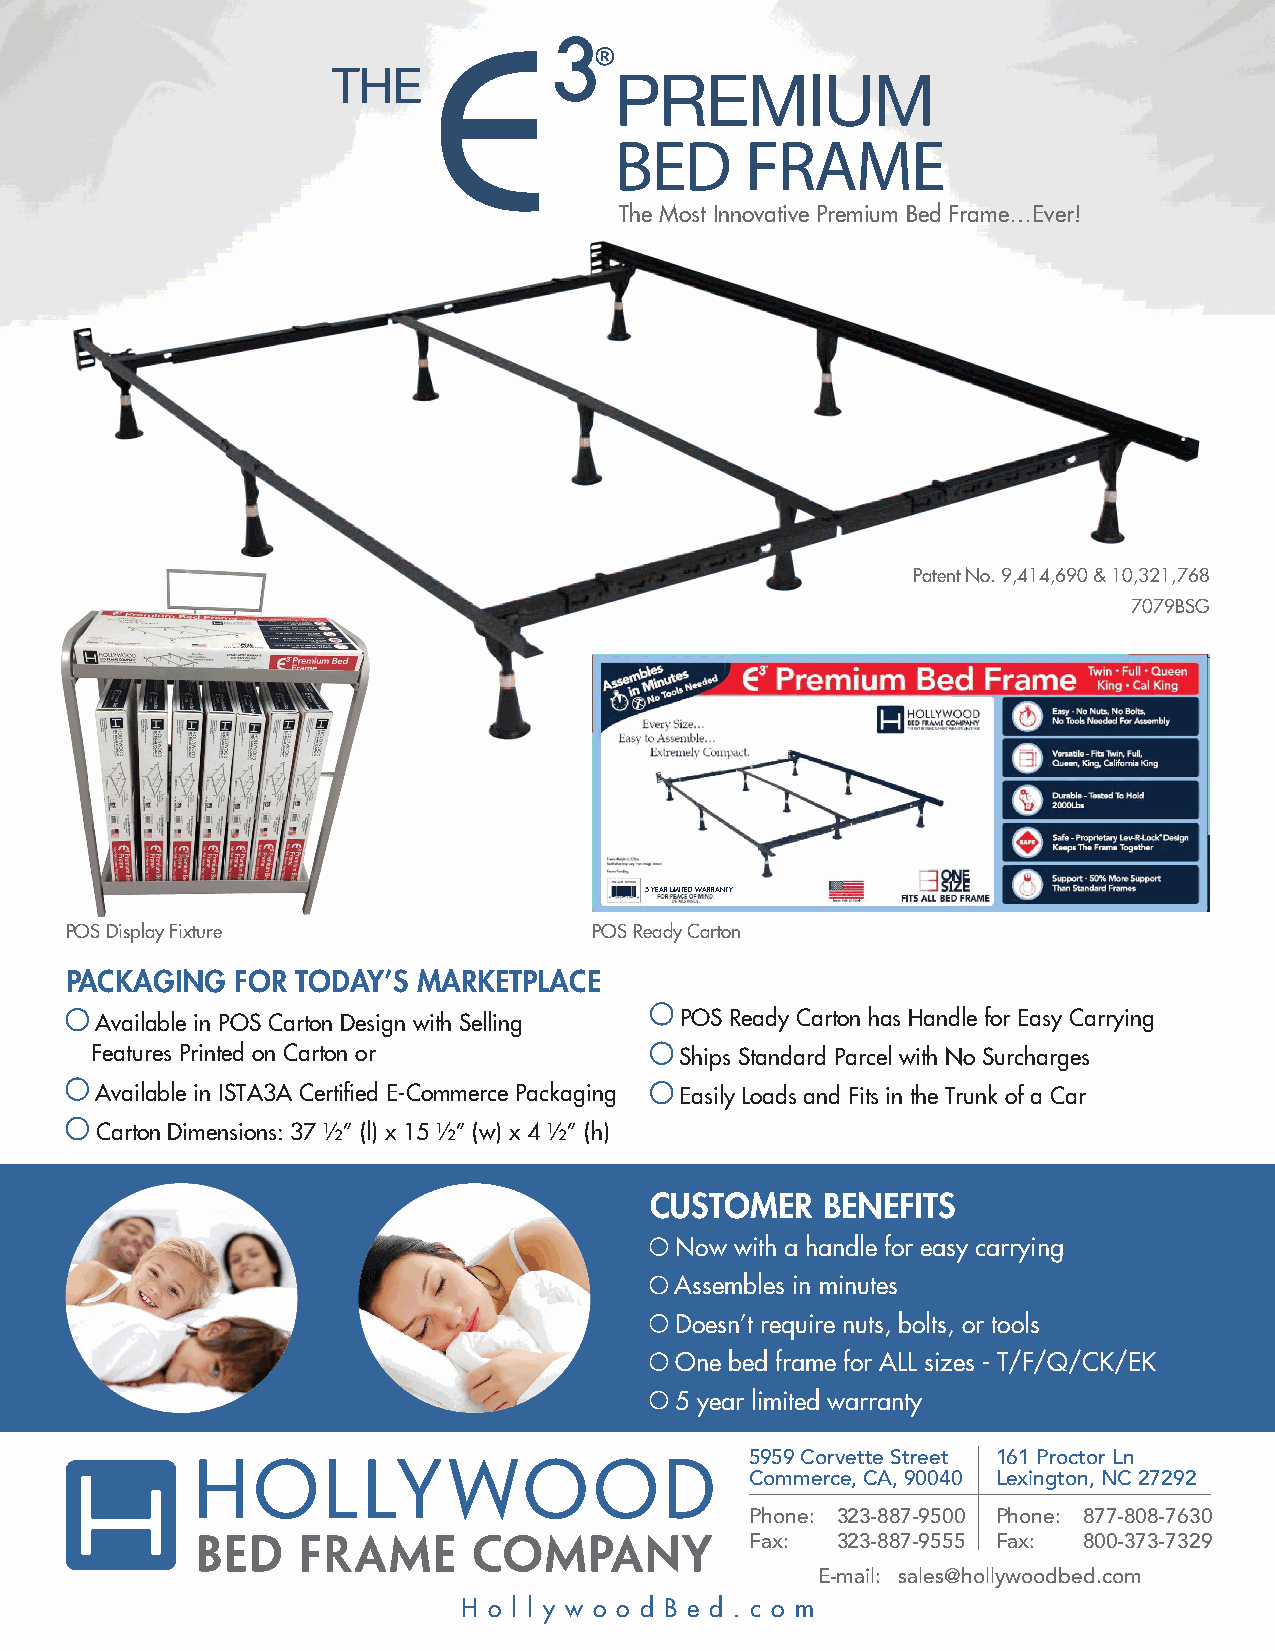
The Most Innovative Premium Bed Frame…Ever!
 Patent No. 9,414,690 & 10,321,768
 7079BSG
 5 YEAR LIMITED WARRANTY
 POS Display Fixture                POS Ready Carton
 PACKAGING   FOR TODAY’S MARKETPLACE
 Available in POS Carton Design with Selling POS Ready Carton has Handle for Easy Carrying
 Features Printed on Carton or          Ships Standard Parcel with No Surcharges
 Available in ISTA3A Certified E-Commerce Packaging Easily Loads and Fits in the Trunk of a Car
 Carton Dimensions: 37 ½” (l) x 15 ½” (w) x 4 ½” (h)
 CUSTOMER   BENEFITS
 Now with a handle for easy carrying
 Assembles in minutes
 Doesn’t require nuts, bolts, or tools
 One bed frame for ALL sizes - T/F/Q/CK/EK
 5 year limited warranty
 5959 Corvette Street 161 Proctor Ln
 Commerce, CA, 90040 Lexington, NC 27292
 Phone: 323-887-9500 Phone: 877-808-7630
 Fax: 323-887-9555 Fax: 800-373-7329
 E-mail: sales@hollywoodbed.com
 H o l l y w o o d B e d . c o m